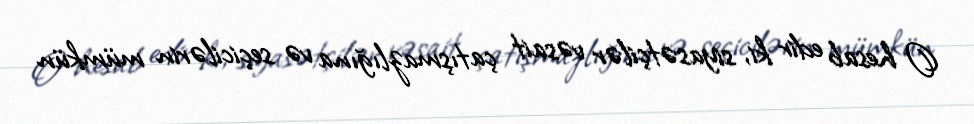
O hesab edir ki, siyasətçilər vəsait çatışmazlığına və seçicilərin mümkün